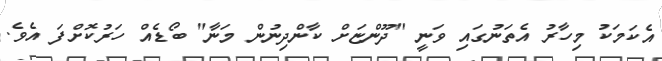
އެކަމަކު މިހާރު އެތަނުގައި ވަނީ "ދޫންޏަށް ކާންދިނުން މަނާ" ބޯޑެއް ހަރުކޮށްފަ އެވެ.